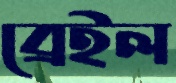
ব্রেইল